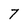
Character: 7